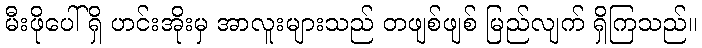
မီးဖိုပေါ်ရှိ ဟင်းအိုးမှ အာလူးများသည် တဖျစ်ဖျစ် မြည်လျက် ရှိကြသည်။